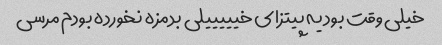
خیلى وقت بود یه پیتزاى خیییییلى بدمزه نخورده بودم مرسى